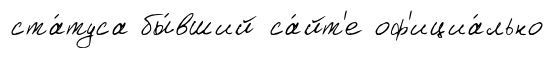
ста́туса бы́вший са́йт'е оф'ициа́льно